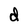
Character: d